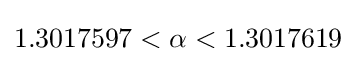
{\textstyle 1.3017597<\alpha <1.3017619}